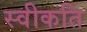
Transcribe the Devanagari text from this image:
स्वीकति